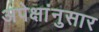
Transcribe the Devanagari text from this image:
अपेक्षांनुसार